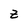
Character: Z